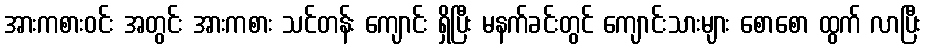
အားကစားဝင်း အတွင်း အားကစား သင်တန်း ကျောင်း ရှိပြီး မနက်ခင်းတွင် ကျောင်းသားများ စောစော ထွက် လာပြီး